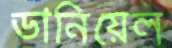
ডানিয়েল